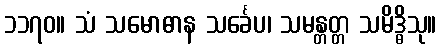
၁၁၇၀။ သံ သမောဓာန သင်္ခေပ၊ သမန္တတ္တ သမိဒ္ဓိသု။